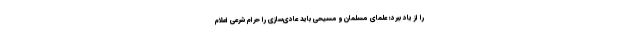
را از یاد ببرد؛ علمای مسلمان و مسیحی باید عادی‌سازی را حرام شرعی اعلام